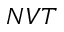
N V T